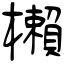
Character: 櫴